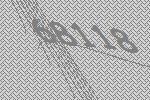
68118